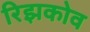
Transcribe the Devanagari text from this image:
रिझकोव